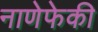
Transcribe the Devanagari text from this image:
नाणेफेकी